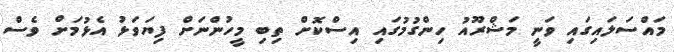
މައްސަލައިގައި ވަނީ މަޝްރޫއު ހިންގުމުގައި އިސްކޮށް ތިބި މީހުންނަށް ފިޔަވަޅު އެޅުމަށް ވެސް